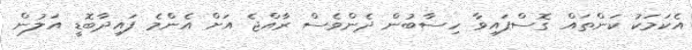
އެކަމަކު ކަންތައް ގޮސްފައިވާ ހިސާބުން ދެންވެސް ރާއްޖެ އަށް އެންމެ ފައިދާބޮޑީ އަލުން